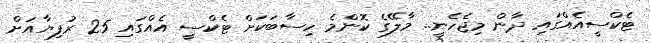
ޓެކްސީއެއްގައި ދާން މިޖެހެނީ.. މާލޭގެ ކޮންމެ ހިސާބަކަށް ޓެކްސީ އެއްގައި 25 ރުފިޔާއަށް